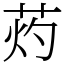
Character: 䓎